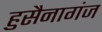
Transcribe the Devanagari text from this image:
हुसैनागंज